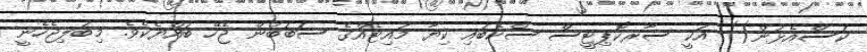
ކަސްއެޅުން() އަކީ ސާރކޮޕިޓީސް ސްކެބައި ކިޔާ މައިޓެއްގެ ސަބަބުން ޖެހޭ ބައްޔެކެވެ. މިބަލިޖެހެނީ